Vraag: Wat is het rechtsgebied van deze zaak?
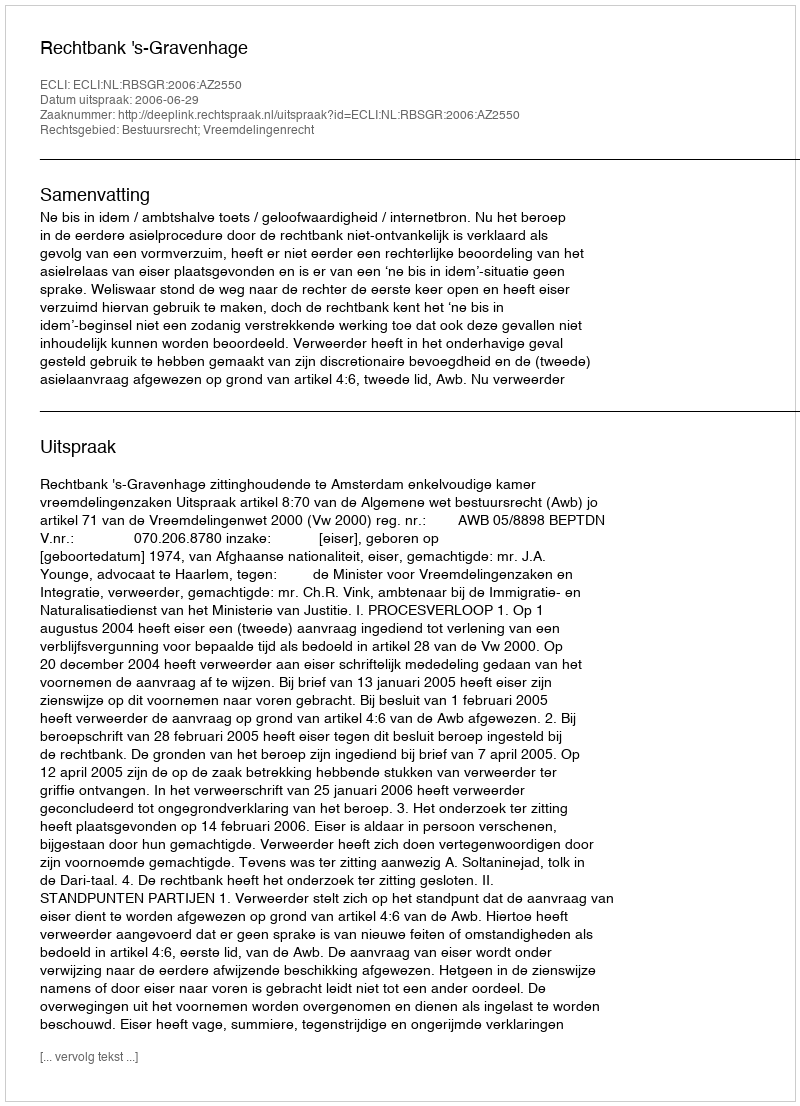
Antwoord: Bestuursrecht; Vreemdelingenrecht